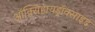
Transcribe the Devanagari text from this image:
ऑक्सिहायड्रॉक्साइड